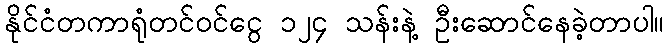
နိုင်ငံတကာရုံတင်ဝင်ငွေ ၁၂၄ သန်းနဲ့ ဦးဆောင်နေခဲ့တာပါ။